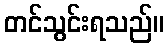
တင်သွင်းရသည်။